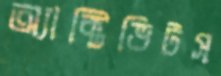
অ্যাক্টিভিটস